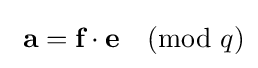
\ {\textbf {a}}={\textbf {f}}\cdot {\textbf {e}}{\pmod {q}}